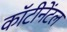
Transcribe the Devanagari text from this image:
कॉटीनेंटल